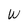
Character: W